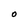
Character: O